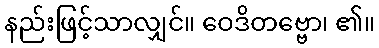
နည်းဖြင့်သာလျှင်။ ဝေဒိတဗ္ဗော၊ ၏။